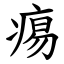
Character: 痬